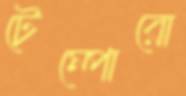
টেম্পোরো